Vaccination report Assam 1874-1896 - 1874-1896
Year: 1874
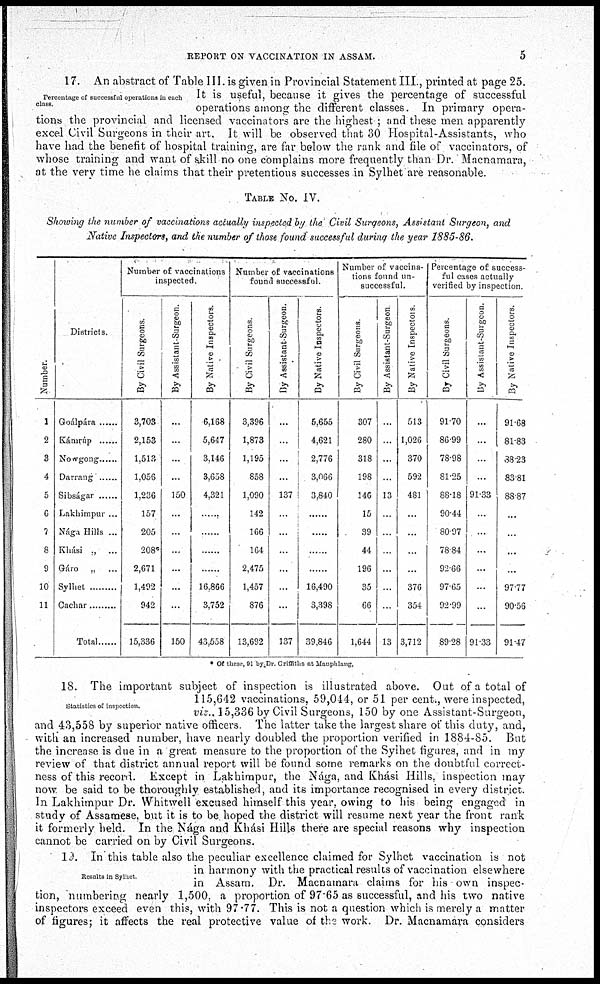
REPORT ON VACCINATION IN ASSAM.
5
Percentage of successful operations in each
class.
17. An abstract of Table III. is given in Provincial Statement III., printed at page 25.
It is useful, because it gives the percentage of successful
operations among the different classes. In primary opera-
tions the provincial and licensed vaccinators are the highest ; and these men apparently
excel Civil Surgeons in their art. It will be observed that 30 Hospital-Assistants, who
have had the benefit of hospital training, are far below the rank and file of vaccinators, of
whose training and want of skill no one complains more frequently than Dr. Macnamara,
at the very time he claims that their pretentious successes in Sylhet are reasonable.
TABLE NO. IV.
Showing the number of vaccinations actually inspected by the Civil Surgeons, Assistant Surgeon, and
Native Inspectors, and the number of those found successful during the year 1885-86.
Number.
1
2
3
4
5
6
7
8
9
10
11
Districts.
Goálpára ......
Kámrúp ......
Nowgong ......
Darrang ......
Sibságar......
Lakhimpur ...
Nága Hills ...
Khási „ ...
Gáro „ ...
Sylhet ......
Cachar ......
Total ......
Number of vaccinations
inspected.
By Civil Surgeons.
3,703
2,153
1,513
1,056
1,236
157
205
208
2,671
1,492
942
15,336
By Assistant-Surgeon.
...
...
...
...
150
...
...
...
...
...
...
150
By Native Inspectors.
6,168
5,647
3,146
3,658
4,321
......
......
......
......
16,866
3,752
43,558
Number of vaccinations
found successful.
By Civil Surgeons.
3,396
1,873
1,195
858
1,090
142
166
164
2,475
1,457
876
13,692
By Assistant-Surgeon.
...
...
...
...
137
...
...
...
...
...
...
137
By Native Inspectors.
5,655
4,621
2,776
3,066
3,840
......
......
......
......
16,490
3,398
39,846
Number of vaccina-
tions found un-
successful.
By Civil Surgeons.
307
280
318
198
146
15
39
44
196
35
66
1,644
By Assistant-Surgeon
...
...
...
...
13
...
...
...
...
...
...
13
By Native Inspectors.
513
1,026
370
592
481
...
...
...
...
376
354
3,712
Percentage of success-
ful cases actually
verified by inspection.
By Civil Surgeons.
91.70
86.99
78.98
81.25
88.18
90.44
80.97
78.84
92.66
97.65
92.99
89.28
By Assistant-Surgeon.
...
...
...
...
91.33
...
...
...
...
...
...
91.33
By Native Inspectors.
91.68
81.83
38.23
83.81
88.87
...
...
...
...
97.77
90.56
91.47
* Of these, 91 by Dr. Griffiths at Mauphlang.
Statistics of inspection.
18. The important subject of inspection is illustrated above. Out of a total of
115,642 vaccinations, 59,044, or 51 per cent., were inspected,
viz., 15,336 by Civil Surgeons, 150 by one Assistant-Surgeon,
and 43,558 by superior native officers. The latter take the largest share of this duty, and,
with an increased number, have nearly doubled the proportion verified in 1884-85. But
the increase is due in a great measure to the proportion of the Sylhet figures, and in my
review of that district annual report will be found some remarks on the doubtful correct-
ness of this record. Except in Lakhimpur, the Nága, and Khási Hills, inspection may
now be said to be thoroughly established, and its importance recognised in every district.
In Lakhimpur Dr. Whitwell excused himself this year, owing to his being engaged in
study of Assamese, but it is to be hoped the district will resume next year the front rank
it formerly held. In the Nága and Khási Hills there are special reasons why inspection
cannot be carried on by Civil Surgeons.
Results in Sylhet.
19. In this table also the peculiar excellence claimed for Sylhet vaccination is not
in harmony with the practical results of vaccination elsewhere
in Assam. Dr. Macnamara claims for his own inspec-
tion, numbering nearly 1,500, a proportion of 97.65 as successful, and his two native
inspectors exceed even this, with 97.77. This is not a question which is merely a matter
of figures; it affects the real protective value of the work. Dr. Macnamara considers